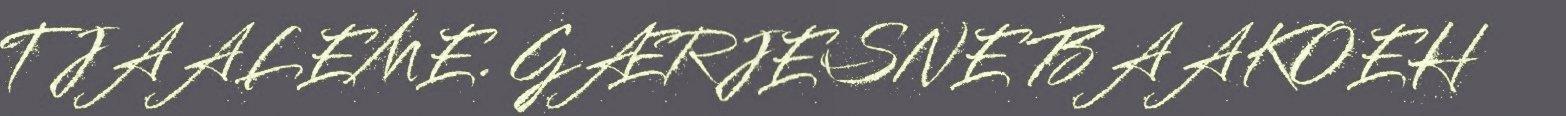
TJAALEME. GÆRJESNE BAAKOEH